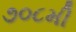
૭૦૮મી